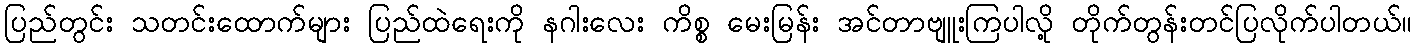
ပြည်တွင်း သတင်းထောက်များ ပြည်ထဲရေးကို နဂါးလေး ကိစ္စ မေးမြန်း အင်တာဗျူးကြပါလို့ တိုက်တွန်းတင်ပြလိုက်ပါတယ်။